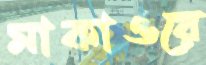
মাকাওয়ে